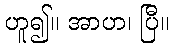
ဟူ၍။ အာဟ၊ ပြီ။